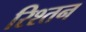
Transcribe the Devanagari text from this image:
रिश्तन